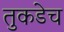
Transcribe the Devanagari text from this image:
तुकडेच